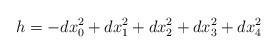
LaTeX: \begin{align*} h=-dx_0^2+dx_1^2+dx_2^2+dx_3^2+dx_4^2 \end{align*}